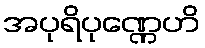
အပုရိပုဏ္ဏေဟိ